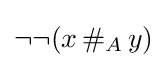
\neg \neg (x\,\#_{A}\,y)